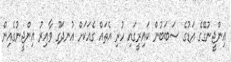
އިންޖީނުގޭގެ އަޑުގެ ސަބަބުން ކައިރީގައި ހުރި އެތައް ގެއަކަށް އުނދަގޫ ވާއިރު އިންޖީނުގެއިން